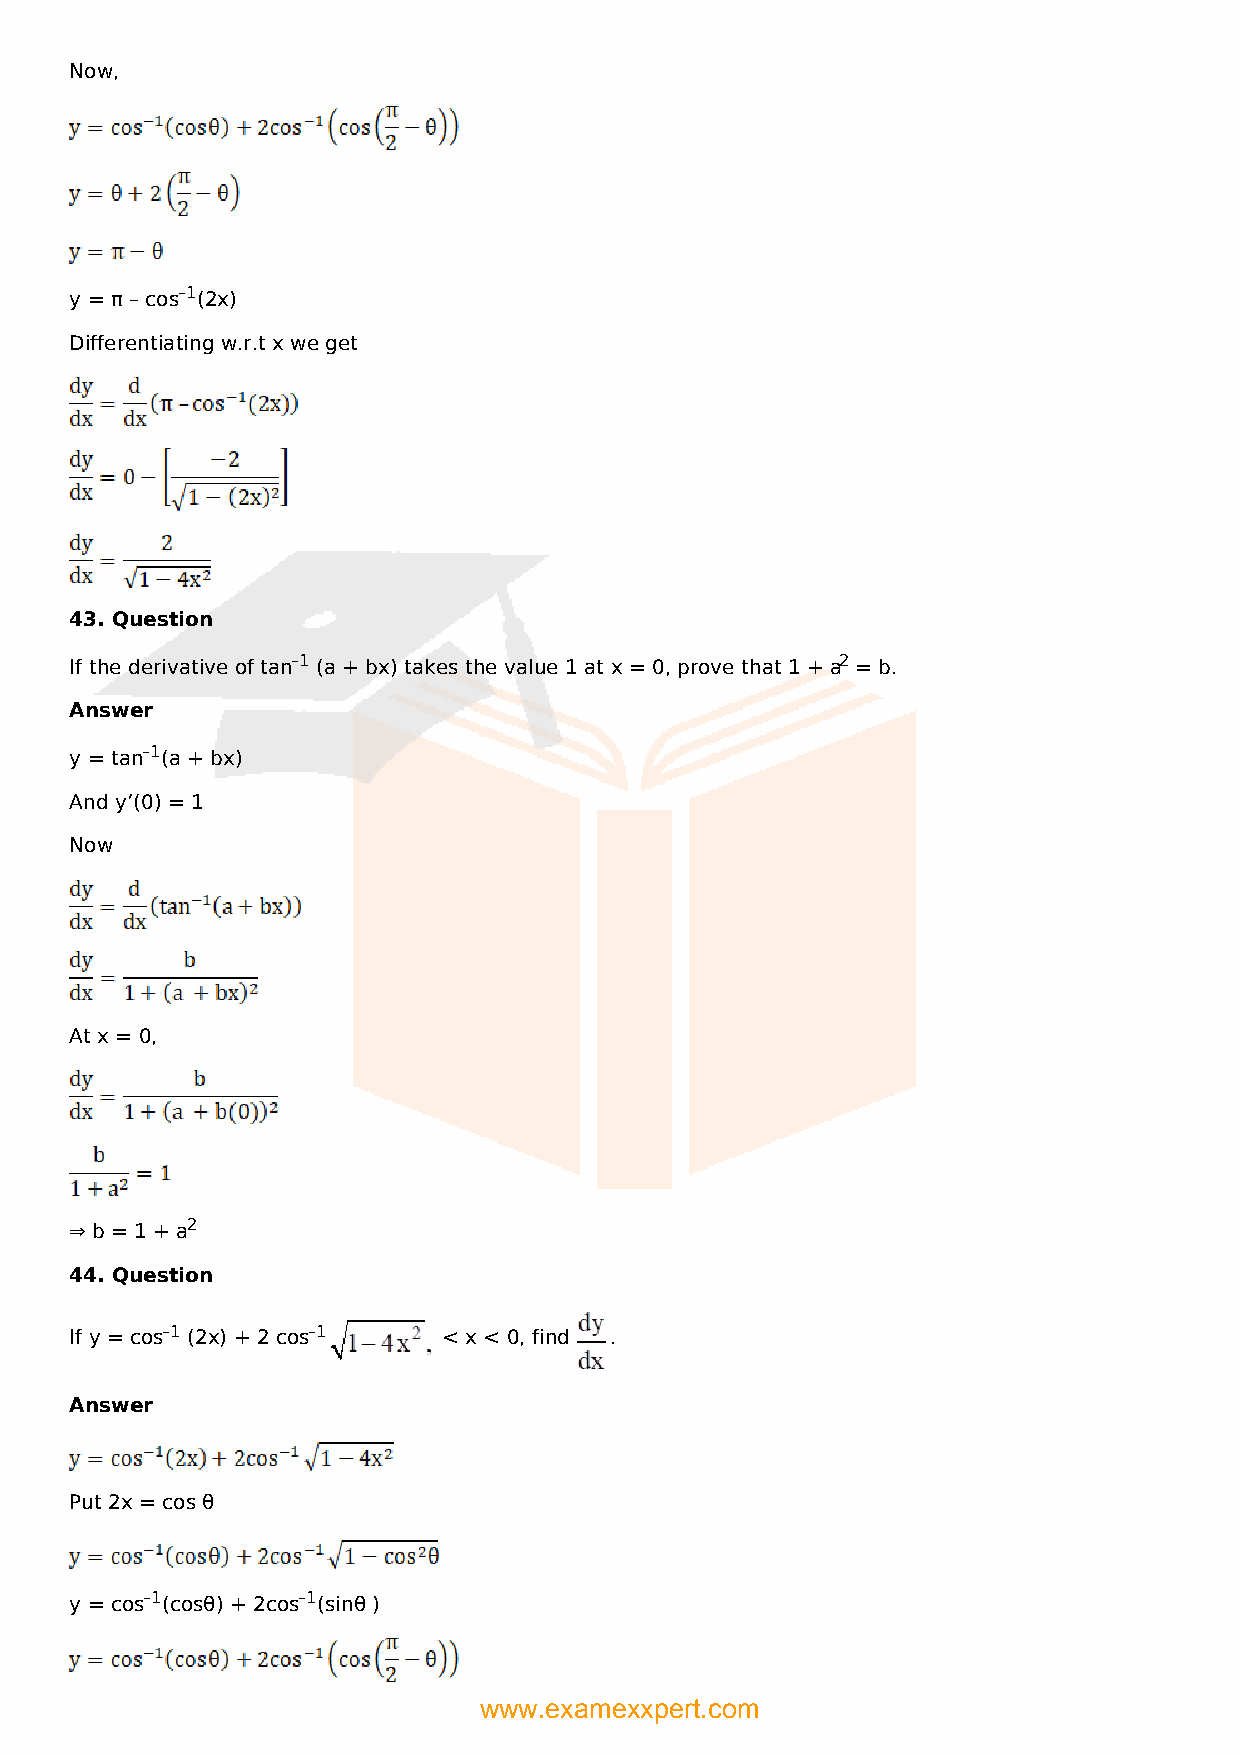
Now,
 y = π – cos–1(2x)
 Differentiating w.r.t x we get
 43. Question
 If the derivative of tan–1 (a + bx) takes the value 1 at x = 0, prove that 1 + a2 = b.
 Answer
 y = tan–1(a + bx)
 And y’(0) = 1
 Now
 At x = 0,
 ⇒ b = 1 + a2
 44. Question
 If y = cos–1 (2x) + 2 cos–1 < x < 0, find .
 Answer
 Put 2x = cos θ
 y = cos–1(cosθ) + 2cos–1(sinθ )
 www.examexxpert.com